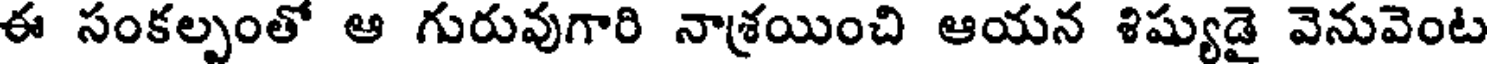
ఈ సంకల్పంతో ఆ గురువుగారి నాశ్రయించి ఆయన శిష్యుడై వెనువెంట